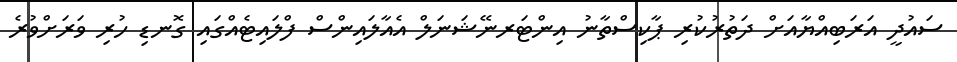
ސައުދީ އަރަބިއްޔާއަށް ދަތުރުކުރި ޕާކިސްތާނު އިންޓަރނޭޝަނަލް އެއާލައިންސް ފްލައިޓެއްގައި ގޮނޑި ހުރި ވަރަށްވުރެ